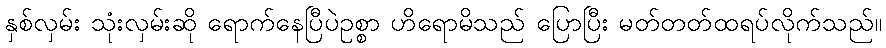
နှစ်လှမ်း သုံးလှမ်းဆို ရောက်နေပြီပဲဥစ္စာ ဟိရောမိသည် ပြောပြီး မတ်တတ်ထရပ်လိုက်သည်။